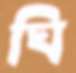
ঘি